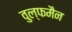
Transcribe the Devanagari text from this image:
वुल्फमैन